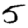
Digit: 5